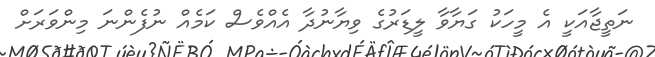
ނަތީޖާއަކީ އެ މީހަކު ގަޔާވާ ލީޑަރުގެ ވިޔާނުދާ އެއްވެސް ކަމެއް ނުފެންނަ މިންވަރަށް